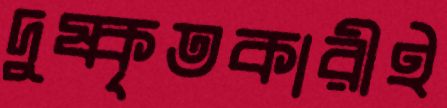
দুষ্কৃতকারীই